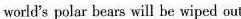
world's polar bears will he wiped out